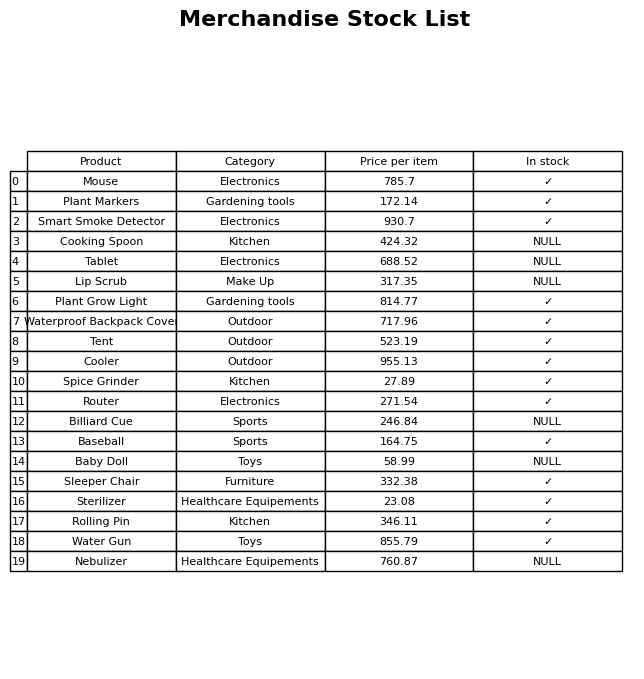
question: What is the stock status of the Tablet?
answer: NULL